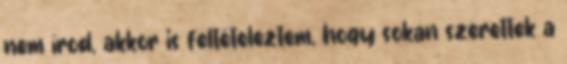
nem írod, akkor is feltételeztem, hogy sokan szerettek a